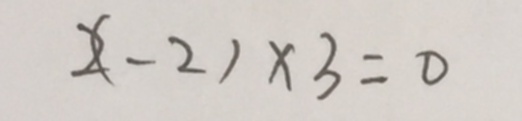
( 2 - 2 ) \times 3 = 0